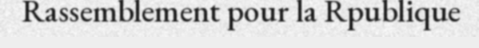
Rassemblement pour la Rpublique